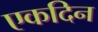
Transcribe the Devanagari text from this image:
एकदिन